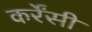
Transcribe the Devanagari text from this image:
कर्रेंसी